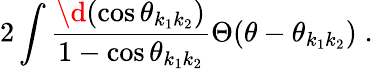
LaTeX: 2\int\frac{\d(\cos\theta_{k_{1}k_{2}})}{1-\cos\theta_{k_{1}k_{2}}}\Theta(\theta-\theta_{k_{1}k_{2}})\; .